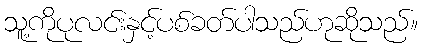
သူ့ကိုပုလင်းနှင့်ပစ်ခတ်ပါသည်ဟုဆိုသည်။